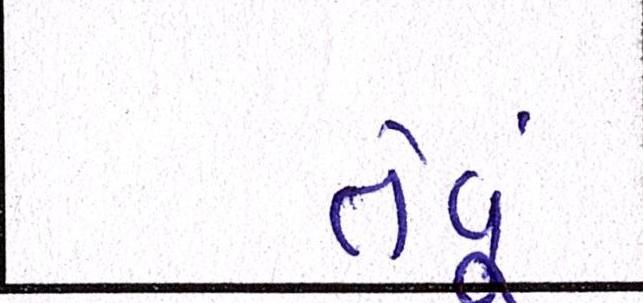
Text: તેવૂં